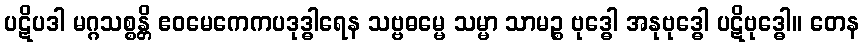
ပဋိပဒါ မဂ္ဂသစ္စန္တိ ဧဝမေကေကပဒုဒ္ဓါရေန သဗ္ဗဓမ္မေ သမ္မာ သာမဉ္စ ဗုဒ္ဓေါ အနုဗုဒ္ဓေါ ပဋိဗုဒ္ဓေါ။ တေန